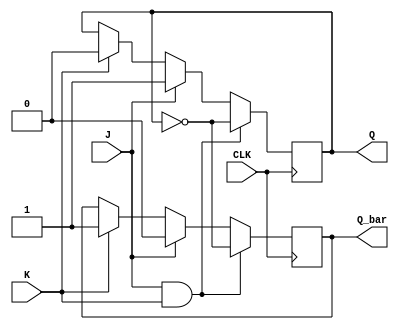
module jk_flip_flop(
    input wire J, K, CLK,
    output reg Q, Q_bar
);

reg master_latch, slave_latch;

always @(posedge CLK) begin
    if (J & K) begin
        // Toggle the output
        Q <= ~Q;
        Q_bar <= ~Q;
    end else if (J) begin
        // Set the output to high
        Q <= 1'b1;
        Q_bar <= 1'b0;
    end else if (K) begin
        // Set the output to low
        Q <= 1'b0;
        Q_bar <= 1'b1;
    end
end

endmodule